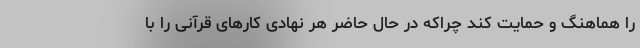
را هماهنگ و حمایت کند چراکه در حال حاضر هر نهادی کارهای قرآنی را با